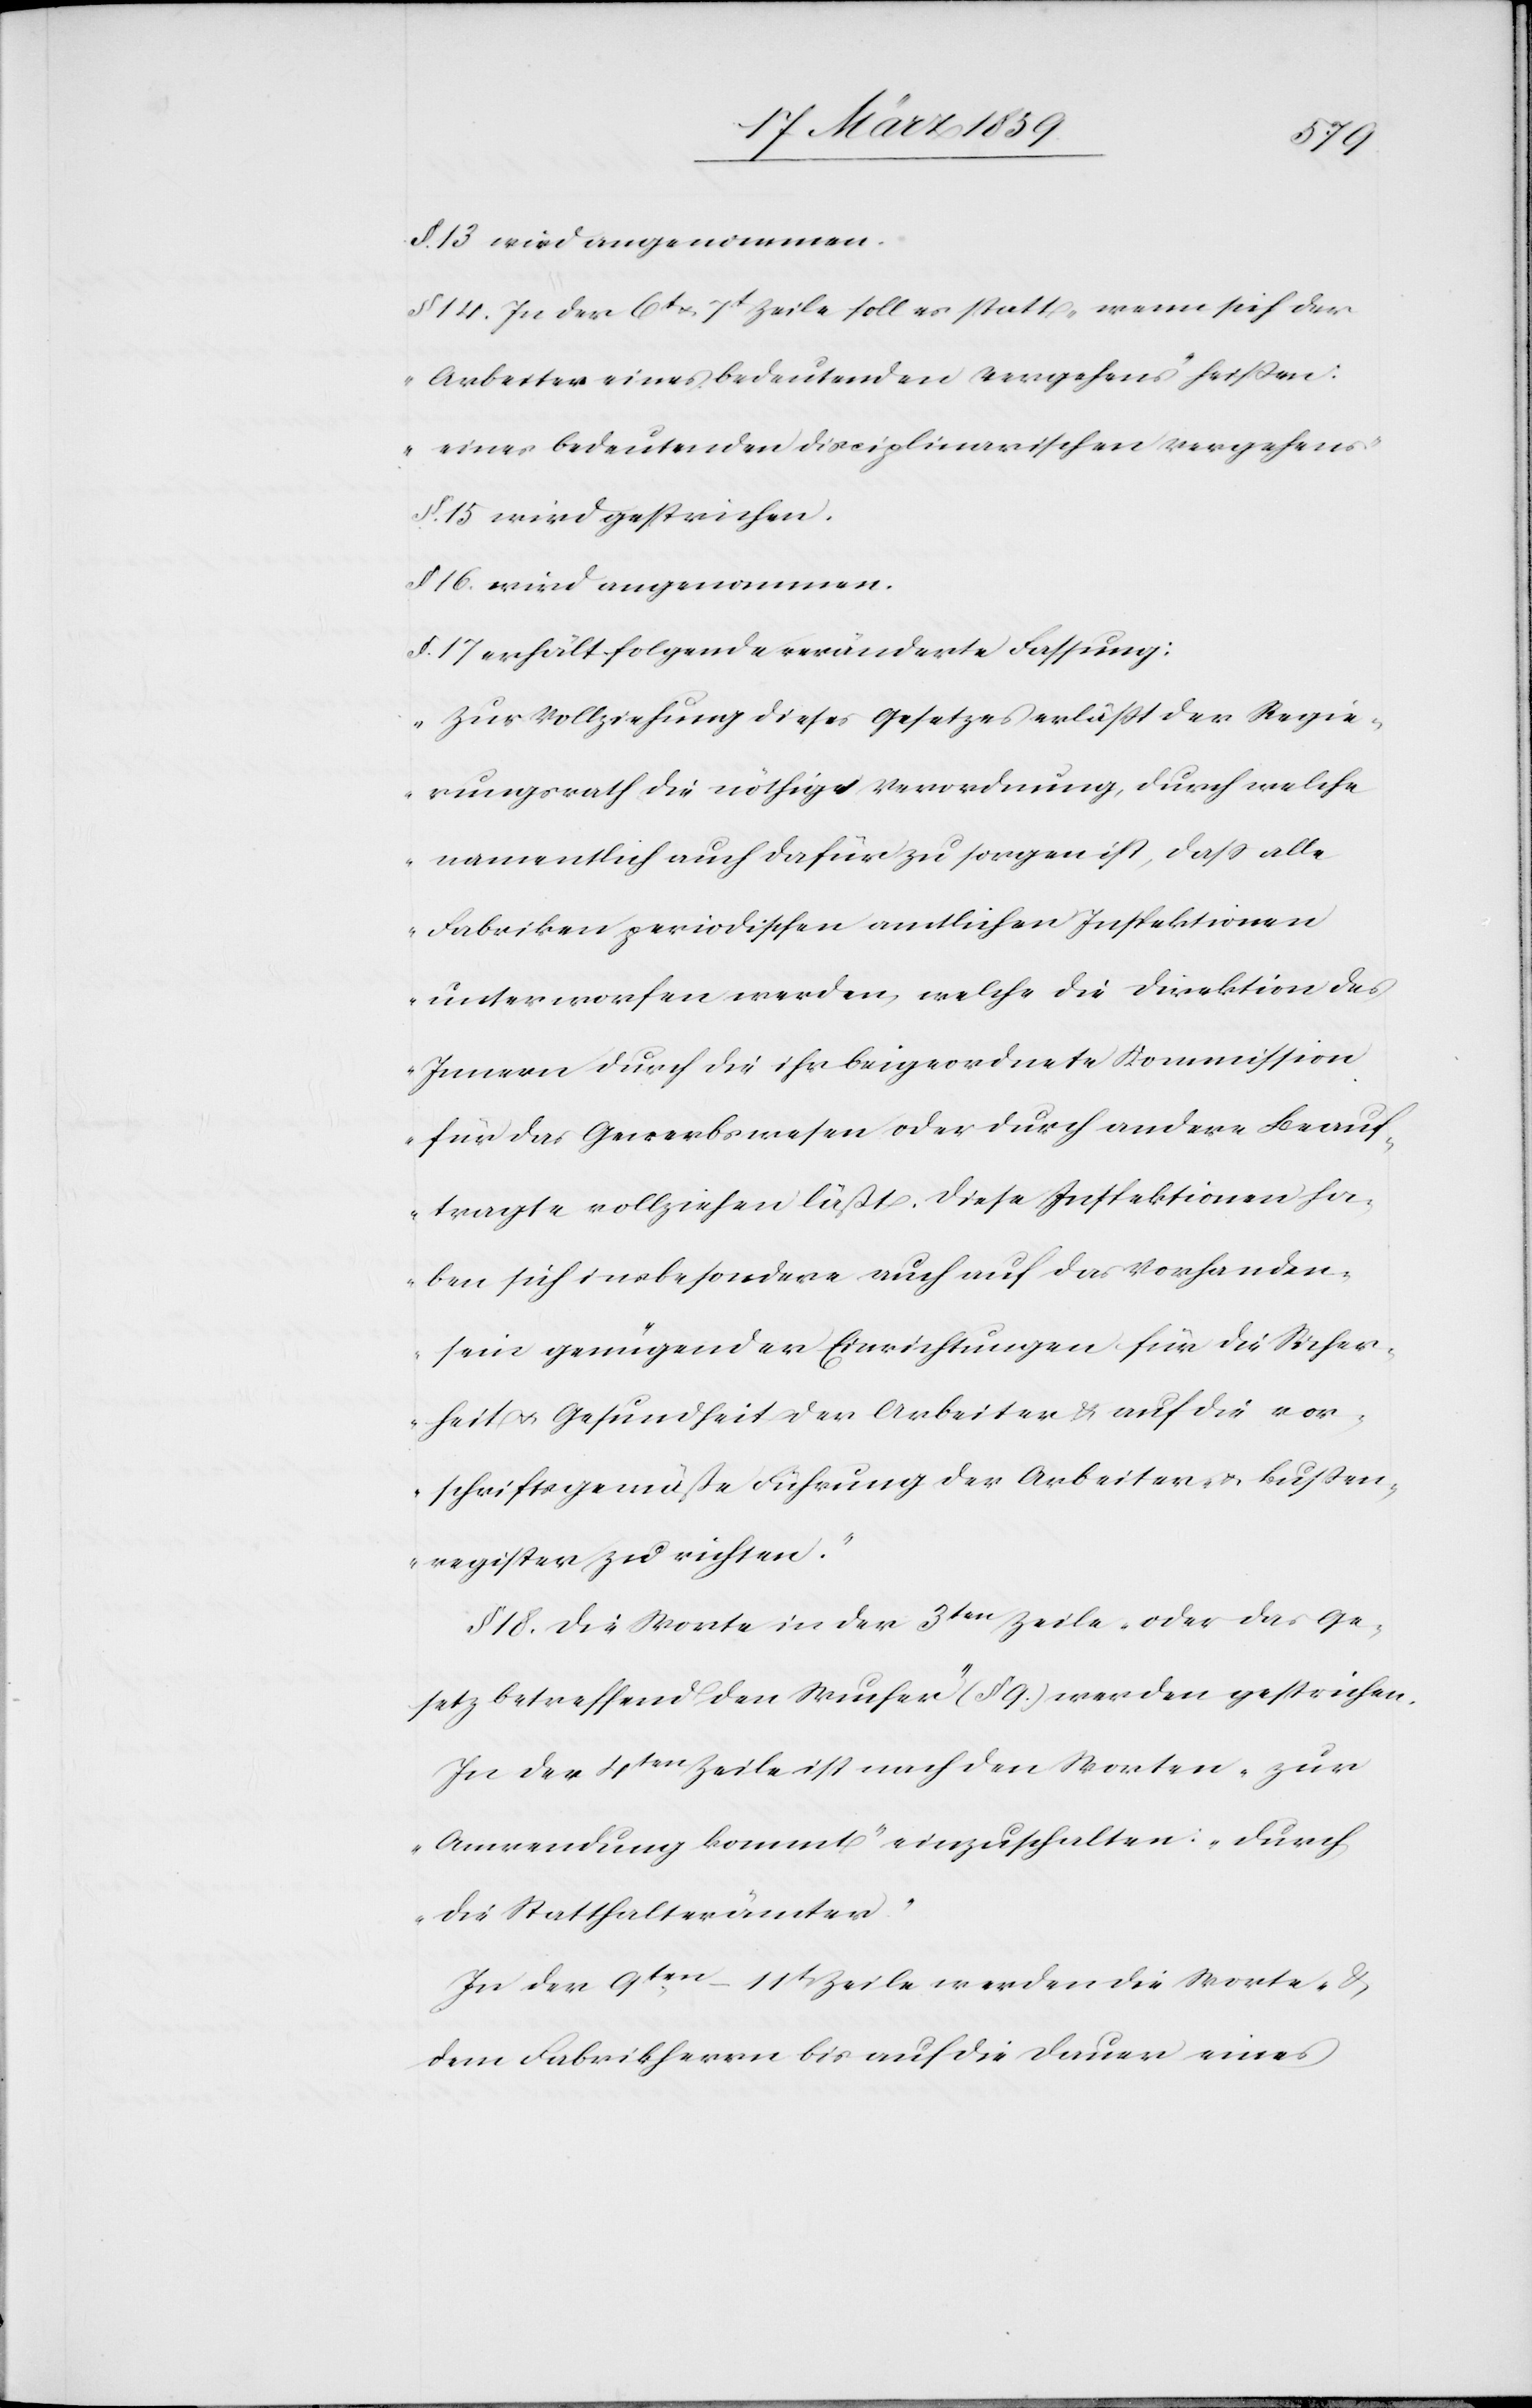
§. 13 wird angenommen.
§. 14. In der 6t u. 7t Zeile soll es statt „wenn sich der
Arbeiter eines bedeutenden Vergehens“ heißen:
„eines bedeutenden disciplinarischen Vergehens.“
§. 15 wird gestrichen.
§. 16. wird angenommen.
§. 17 erhält folgende veränderte Fassung:
„Zur Vollziehung dieses Gesetzes erläßt der Regie¬
rungsrath die nöthige Verordnung, durch welche
namentlich auch dafür zu sorgen ist, daß alle
Fabriken periodischen amtlichen Inspektionen
unterworfen werden, welche die Direktion des
Innern durch die ihr beigeordnete Kommission
für das Gewerbswesen oder durch andere Beauf¬
tragte vollziehen läßt. Diese Inspektionen ha¬
ben sich insbesondere auch auf das Vorhanden¬
sein genügender Einrichtungen für die Sicher¬
heit u. Gesundheit der Arbeiter & auf die vor¬
schriftsgemäße Führung der Arbeiter- u. Bußen¬
register zu richten.“
§ 18. Die Worte in der 3ten Zeile „oder das Ge¬
setz betreffend den Wucher“ (§ 9.) werden gestrichen.
In der 4ten Zeile ist nach den Worten „zur
Anwendung kommt“ einzuschalten: „durch
die Statthalterämter“.
In der 9ten–11ten Zeile werden die Worte „&
dem Fabrikherrn bis auf die Dauer eines